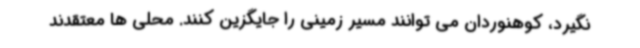
نگیرد، کوهنوردان می توانند مسیر زمینی را جایگزین کنند. محلی ها معتقدند